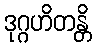
ဒုဂ္ဂဟိတန္တိ